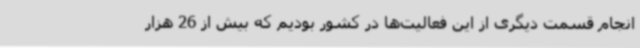
انجام قسمت دیگری از این فعالیت‌ها در کشور بودیم که بیش از 26 هزار